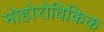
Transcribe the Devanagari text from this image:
मोहोरोविकिक